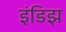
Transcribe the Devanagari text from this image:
इंडिझ